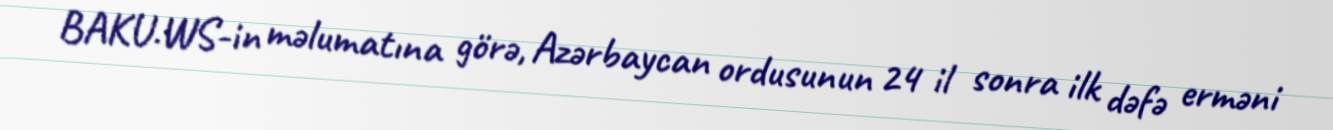
BAKU.WS-in məlumatına görə, Azərbaycan ordusunun 24 il sonra ilk dəfə erməni